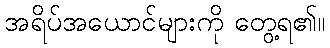
အရိပ်အယောင်များကို တွေ့ရ၏။